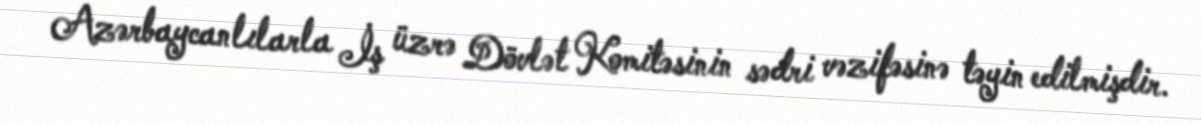
Azərbaycanlılarla İş üzrə Dövlət Komitəsinin sədri vəzifəsinə təyin edilmişdir.